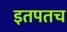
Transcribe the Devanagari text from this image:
इतपतच